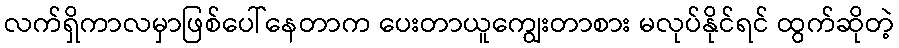
လက်ရှိကာလမှာဖြစ်ပေါ်နေတာက ပေးတာယူကျွေးတာစား မလုပ်နိုင်ရင် ထွက်ဆိုတဲ့